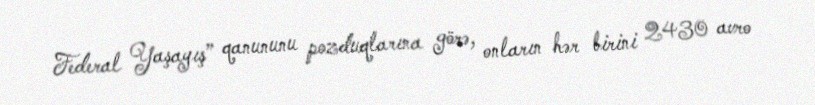
Federal Yaşayış” qanununu pozduqlarına görə, onların hər birini 2430 avro